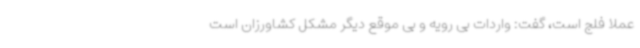
عملا فلج است، گفت: واردات بی رویه و بی موقع دیگر مشکل کشاورزان است